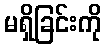
မရှိခြင်းကို